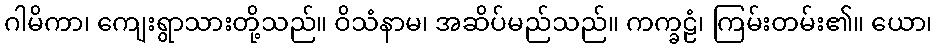
ဂါမိကာ၊ ကျေးရွာသားတို့သည်။ ဝိသံနာမ၊ အဆိပ်မည်သည်။ ကက္ခဠံ၊ ကြမ်းတမ်း၏။ ယော၊